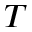
^ T